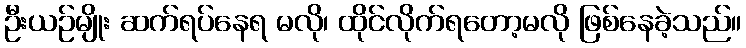
ဦးယဉ်မျိုး ဆက်ရပ်နေရ မလို၊ ထိုင်လိုက်ရတော့မလို ဖြစ်နေခဲ့သည်။